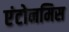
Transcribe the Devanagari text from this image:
एंटोनमिस